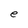
Character: e